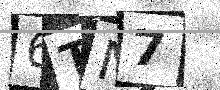
Text: 6TN7